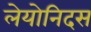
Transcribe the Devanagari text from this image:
लेयोनिदस